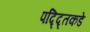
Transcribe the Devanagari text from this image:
पद्द्तिकडे